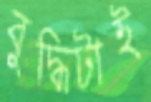
বুদ্ধিটাই